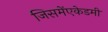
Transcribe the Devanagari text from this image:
जिसमेंएकेडमी